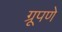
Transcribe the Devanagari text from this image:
ग्रूपणे